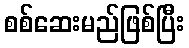
စစ်ဆေးမည်ဖြစ်ပြီး